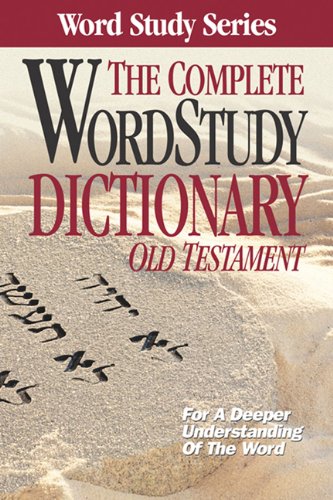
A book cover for Complete Word Study Dictionary: Old Testament (Word Study Series); Christian Books & Bibles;